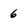
Character: 6